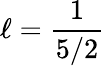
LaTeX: \ell=\frac{1}{5/2}